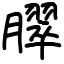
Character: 臎